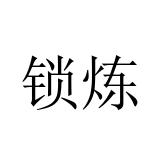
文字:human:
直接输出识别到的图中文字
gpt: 锁炼